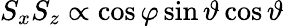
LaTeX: S_{x}S_{z}\propto\cos\varphi\sin\vartheta\cos\vartheta